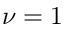
\nu = 1